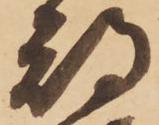
期